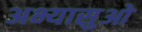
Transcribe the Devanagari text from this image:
अभ्यासुओ